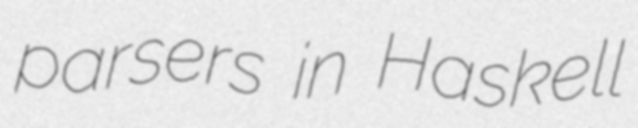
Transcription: parsers in Haskell